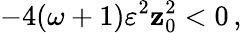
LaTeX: -4(\omega+1)\varepsilon^{2}\mathbf{z}_{0}^{2}<0\, ,